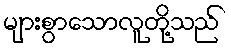
များစွာသောလူတို့သည်